Leaving Certificate Examination (including Day School Certificate (Higher) General paper), 1931
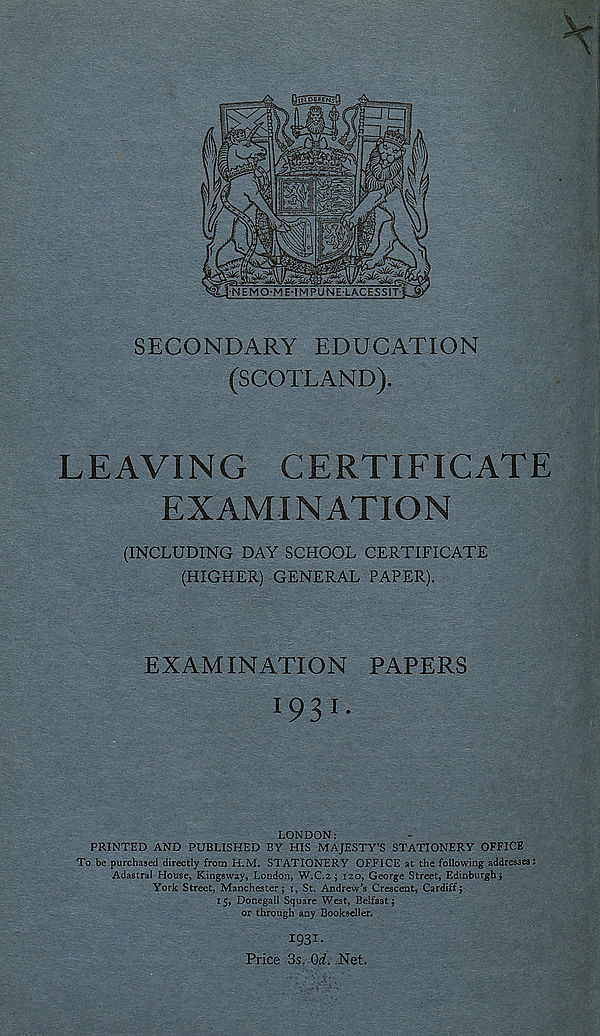
SECONDARY EDUCATION
(SCOTLAND).
LEAVING
CERTIFICATE
EXAMINATION
(INCLUDING DAY SCHOOL CERTIFICATE
(HIGHER) GENERAL PAPER).
EXAMINATION PAPERS
1931.
LONDON:
PRINTED AND PUBLISHED BY HIS MAJESTY’S STATIONERY OFFICE
To be purchased directly from H.M. STATIONERY OFFICE at the following addresses:
Adastral House, Kingsway, London, W.C.2 j 120, George Street, Edinburgh}
York Street, Manchester; 1, St. Andrew’s Crescent, Cardiff;
15, Donegall Square West, Belfast;
or through any Bookseller.
1931-